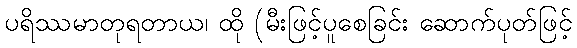
ပရိဿမာတုရတာယ၊ ထို (မီးဖြင့်ပူစေခြင်း ဆောက်ပုတ်ဖြင့်